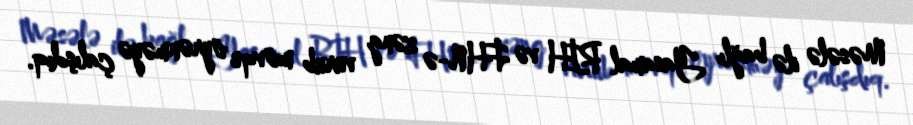
Məsələ ilə bağlı Yasamal RİH və FHN-ə zəng vurub mövqe öyrənməyə çalışdıq.